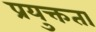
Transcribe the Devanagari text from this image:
प्रयुक्तता